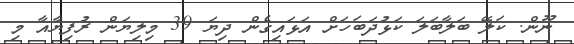
ނޫން. ކަލޭ ބަލާބަލަ ކަޅުދަބަހަށް އަޅައިގެން ދިޔަ 39 މިލިޔަން ރުފިޔާއާ މި